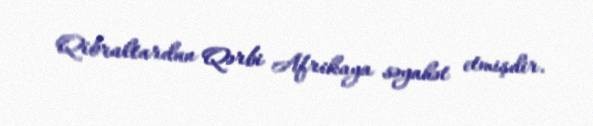
Qibraltardan Qərbi Afrikaya səyahət etmişdir.